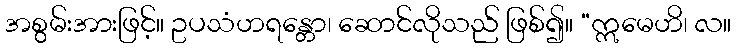
အစွမ်းအားဖြင့်။ ဥပသံဟရန္တော၊ ဆောင်လိုသည် ဖြစ်၍။ “ဣမေဟိ၊ လ။